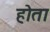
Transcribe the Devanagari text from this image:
होेता